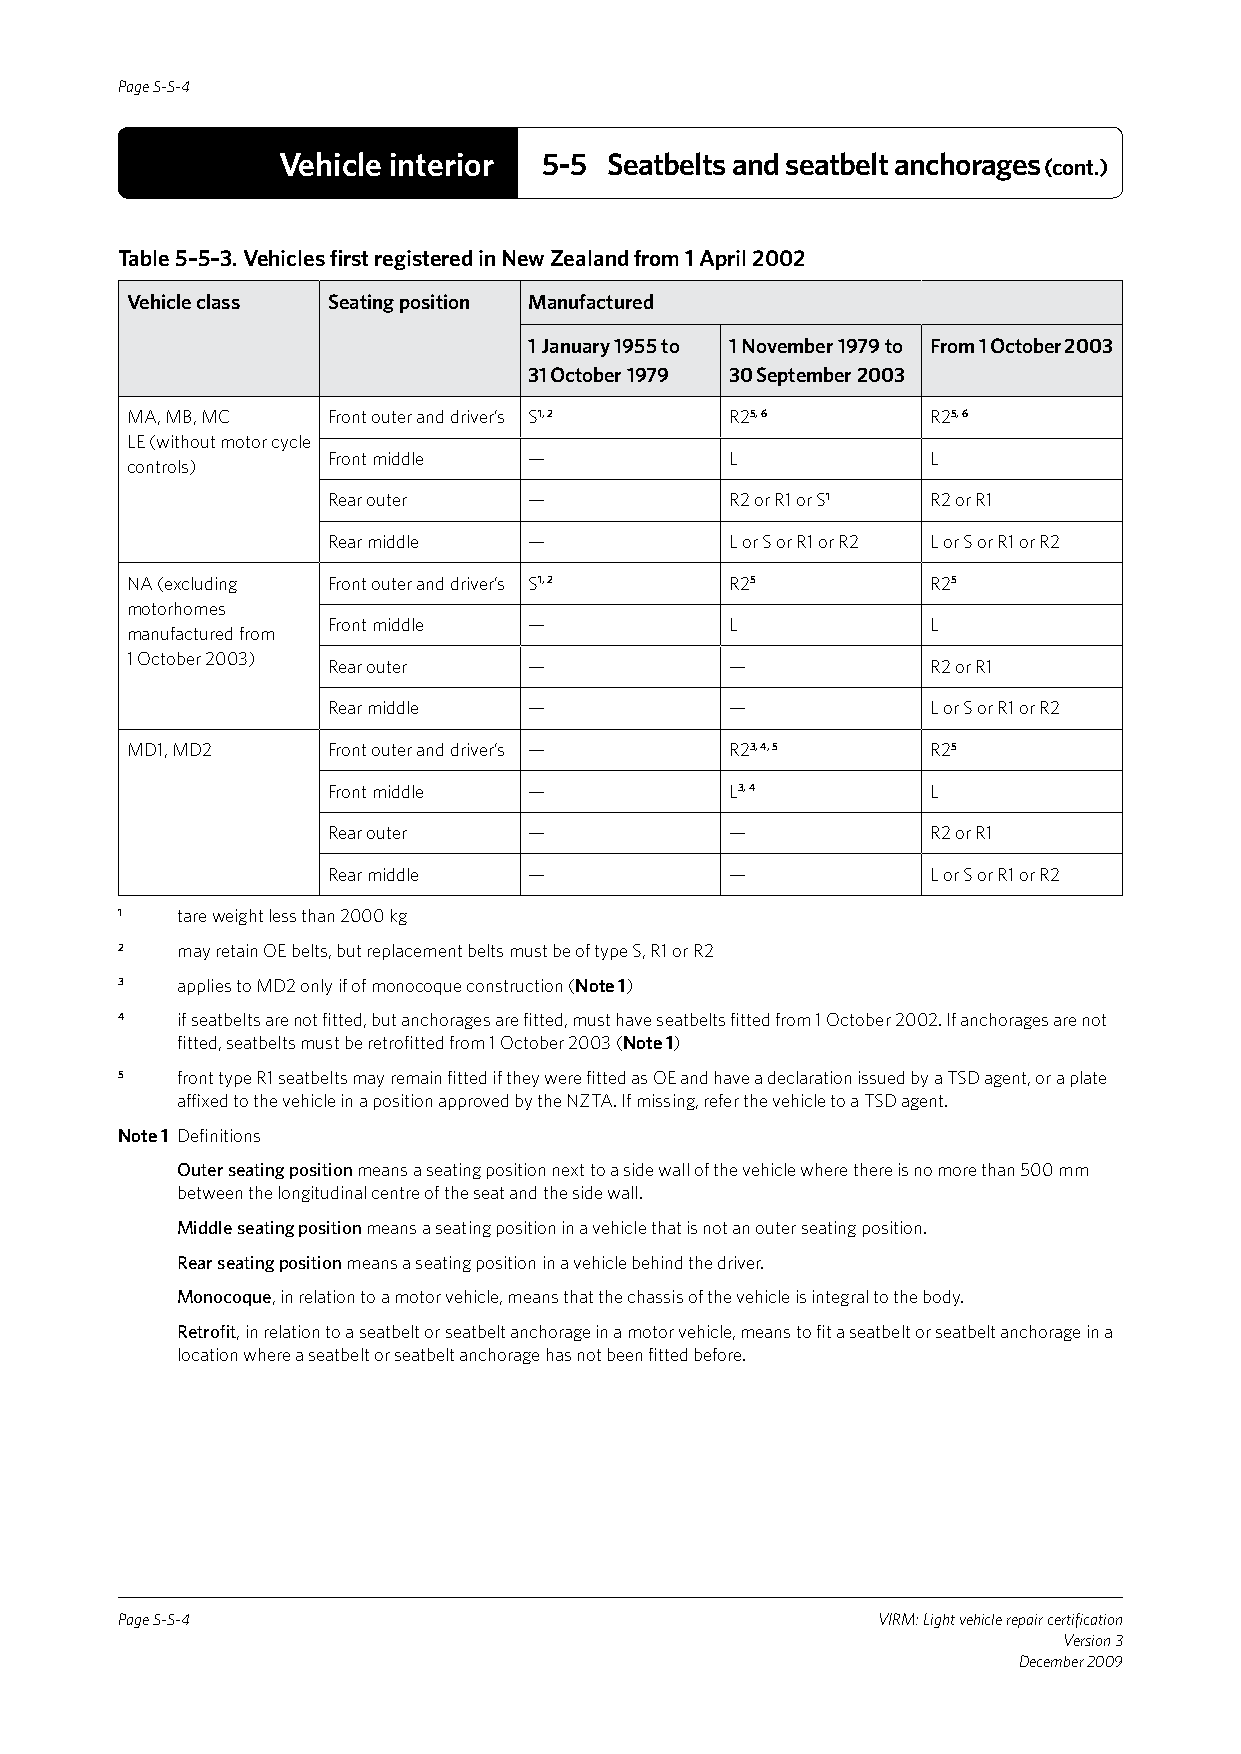
Page 5-5-4
 Vehicle interior  5-5 Seatbelts and seatbelt anchorages (cont.)
 Table 5–5–3. Vehicles first registered in New Zealand from 1 April 2002
 Vehicle class Seating position Manufactured
 1 January 1955 to 1 November 1979 to From 1 October 2003
 31 October 1979 30 September 2003
 MA, MB, MC    Front outer and driver’s S1, 2 R25, 6   R25, 6
 LE (without motor cycle
 Front middle —            L             L
 controls)
 Rear outer   —            R2 or R1 or S1 R2 or R1
 Rear middle  —            L or S or R1 or R2 L or S or R1 or R2
 NA (excluding Front outer and driver’s S1, 2 R25      R25
 motorhomes
 Front middle —            L             L
 manufactured from
 1 October 2003)
 Rear outer   —            —             R2 or R1
 Rear middle  —            —             L or S or R1 or R2
 MD1, MD2      Front outer and driver’s — R23, 4, 5    R25
 Front middle —            L3, 4         L
 Rear outer   —            —             R2 or R1
 Rear middle  —            —             L or S or R1 or R2
 1   tare weight less than 2000 kg
 2   may retain OE belts, but replacement belts must be of type S, R1 or R2
 3   applies to MD2 only if of monocoque construction (Note 1)
 4   if seatbelts are not fitted, but anchorages are fitted, must have seatbelts fitted from 1 October 2002. If anchorages are not
 fitted, seatbelts must be retrofitted from 1 October 2003 (Note 1)
 5   front type R1 seatbelts may remain fitted if they were fitted as OE and have a declaration issued by a TSD agent, or a plate
 affixed to the vehicle in a position approved by the NZTA. If missing, refer the vehicle to a TSD agent.
 Note 1 Definitions
 Outer seating position means a seating position next to a side wall of the vehicle where there is no more than 500 mm
 between the longitudinal centre of the seat and the side wall.
 Middle seating position means a seating position in a vehicle that is not an outer seating position.
 Rear seating position means a seating position in a vehicle behind the driver.
 Monocoque, in relation to a motor vehicle, means that the chassis of the vehicle is integral to the body.
 Retrofit, in relation to a seatbelt or seatbelt anchorage in a motor vehicle, means to fit a seatbelt or seatbelt anchorage in a
 location where a seatbelt or seatbelt anchorage has not been fitted before.
 Page 5-5-4                                        VIRM: Light vehicle repair certification
 Version 3
 December 2009